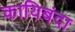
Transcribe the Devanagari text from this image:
कायिबंदा